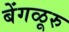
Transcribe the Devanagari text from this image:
बेंगळूरु